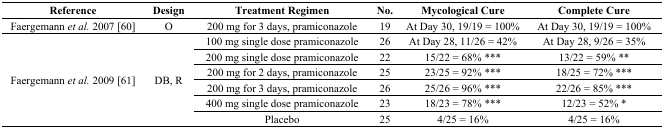
| Reference | Design | Treatment Regimen | No. | Mycological Cure | Complete Cure |
 | --- | --- | --- | --- | --- | --- |
 | Faergemann et al. 2007 [60] | O | 200 mg for 3 days, pramiconazole | 19 | At Day 30, 19/19 = 100% | At Day 30, 19/19 = 100% |
 | <ROWSPAN=6> Faergemann et al. 2009 [61] | <ROWSPAN=6> DB, R | 100 mg single dose pramiconazole | 26 | At Day 28, 11/26 = 42% | At Day 28, 9/26 = 35% |
 | 200 mg single dose pramiconazole | 22 | 15/22 = 68% *** | 13/22 = 59% ** |
 | 200 mg for 2 days, pramiconazole | 25 | 23/25 = 92% *** | 18/25 = 72% *** |
 | 200 mg for 3 days, pramiconazole | 26 | 25/26 = 96% *** | 22/26 = 85% *** |
 | 400 mg single dose pramiconazole | 23 | 18/23 = 78% *** | 12/23 = 52% * |
 | Placebo | 25 | 4/25 = 16% | 4/25 = 16% |